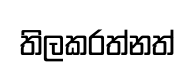
තිලකරත්නත්